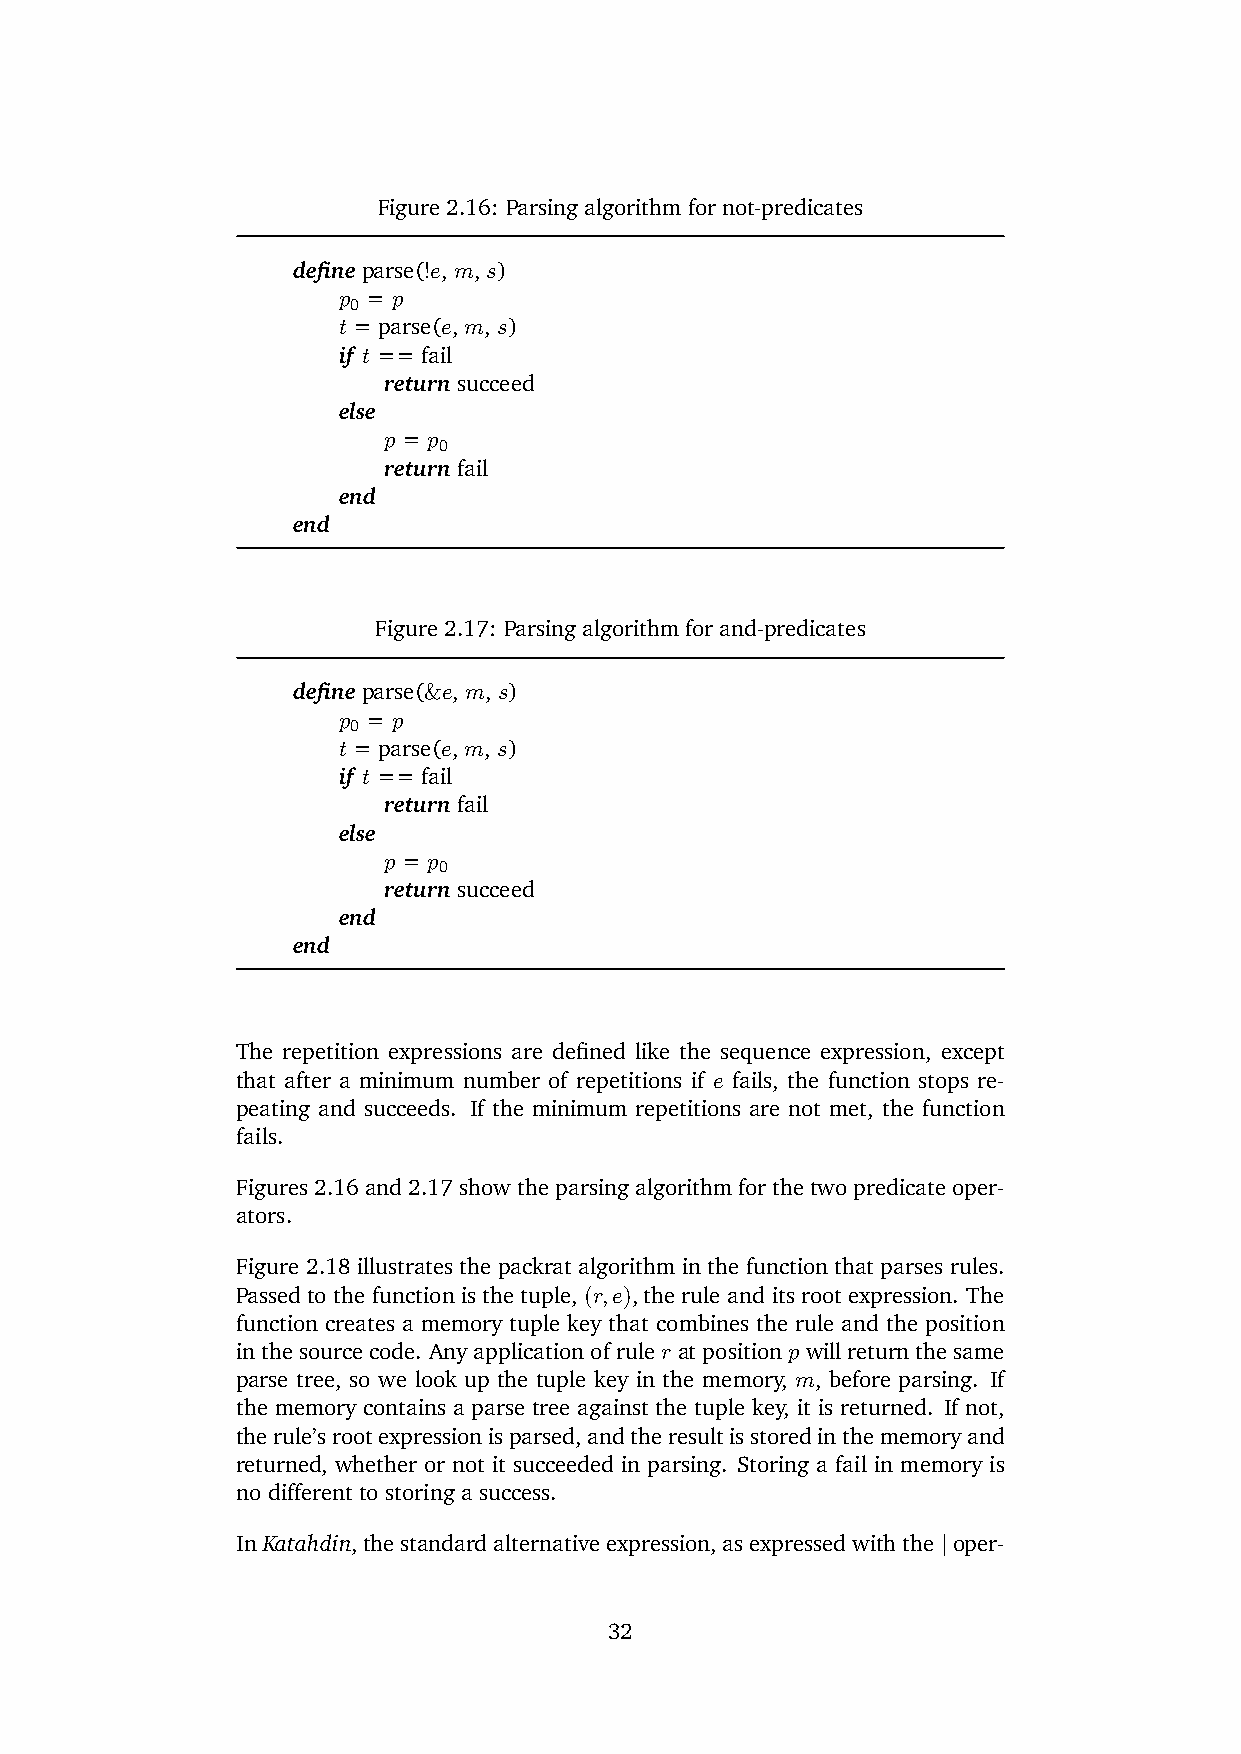
Figure 2.16: Parsing algorithm for not-predicates
 define parse(!e, m, s)
 p0 = p
 t = parse(e, m, s)
 if t == fail
 return succeed
 else
 p = p0
 return fail
 end
 end
 Figure 2.17: Parsing algorithm for and-predicates
 define parse(&e, m, s)
 p0 = p
 t = parse(e, m, s)
 if t == fail
 return fail
 else
 p = p0
 return succeed
 end
 end
 The repetition expressions are defined like the sequence expression, except
 that after a minimum number of repetitions if e fails, the function stops re-
 peating and succeeds. If the minimum repetitions are not met, the function
 fails.
 Figures 2.16 and 2.17 show the parsing algorithm for the two predicate oper-
 ators.
 Figure 2.18 illustrates the packrat algorithm in the function that parses rules.
 Passed to the function is the tuple, (r,e), the rule and its root expression. The
 function creates a memory tuple key that combines the rule and the position
 inthesourcecode. Anyapplicationofruler atpositionpwillreturnthesame
 parse tree, so we look up the tuple key in the memory, m, before parsing. If
 the memory contains a parse tree against the tuple key, it is returned. If not,
 therule’srootexpressionisparsed,andtheresultisstoredinthememoryand
 returned, whether or not it succeeded in parsing. Storing a fail in memory is
 no different to storing a success.
 InKatahdin,thestandardalternativeexpression,asexpressedwiththe|oper-
 32